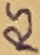
Text: RS